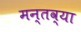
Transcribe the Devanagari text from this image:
मन्तव्या